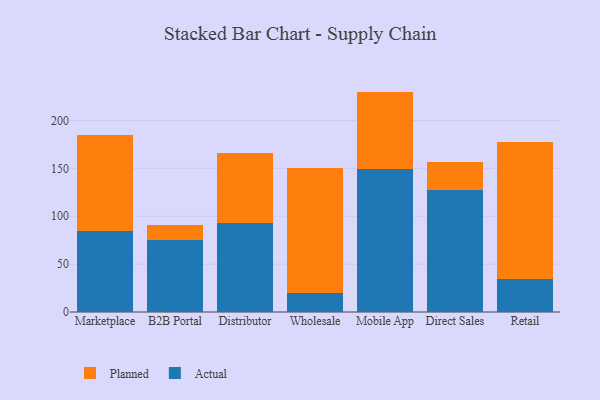
{"axis": {"x": "Channel", "y": "Backlog"}, "legend": ["Actual", "Planned"], "data": [{"x": "Marketplace", "y": 84.7, "type": "Actual"}, {"x": "Marketplace", "y": 99.9, "type": "Planned"}, {"x": "B2B Portal", "y": 75.0, "type": "Actual"}, {"x": "B2B Portal", "y": 15.9, "type": "Planned"}, {"x": "Distributor", "y": 92.8, "type": "Actual"}, {"x": "Distributor", "y": 73.6, "type": "Planned"}, {"x": "Wholesale", "y": 20.3, "type": "Actual"}, {"x": "Wholesale", "y": 130.6, "type": "Planned"}, {"x": "Mobile App", "y": 148.9, "type": "Actual"}, {"x": "Mobile App", "y": 81.3, "type": "Planned"}, {"x": "Direct Sales", "y": 127.9, "type": "Actual"}, {"x": "Direct Sales", "y": 28.3, "type": "Planned"}, {"x": "Retail", "y": 34.3, "type": "Actual"}, {"x": "Retail", "y": 143.0, "type": "Planned"}]}